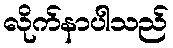
လိုက်နာပါသည်